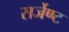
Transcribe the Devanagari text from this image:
सर्जेण्ट